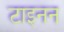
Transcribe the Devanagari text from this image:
टाइनन